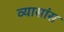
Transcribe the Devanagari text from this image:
व्यासांस